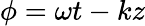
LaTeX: \phi=\omega t-kz